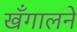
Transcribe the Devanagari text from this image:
खँगालने